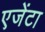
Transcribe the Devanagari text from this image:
एजेंटा